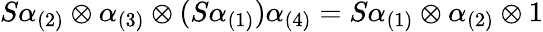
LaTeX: S\alpha_{(2)}\otimes\alpha_{(3)}\otimes(S\alpha_{(1)})\alpha_{(4)}=S\alpha_{(1)}\otimes\alpha_{(2)}\otimes 1